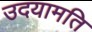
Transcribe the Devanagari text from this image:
उदयामति